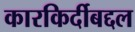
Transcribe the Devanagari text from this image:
कारकिर्दीबद्दल